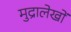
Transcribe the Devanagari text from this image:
मुद्रालेखों